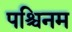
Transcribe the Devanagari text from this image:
पश्चिनम